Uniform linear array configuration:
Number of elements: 48
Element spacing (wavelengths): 1
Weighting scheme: exponential
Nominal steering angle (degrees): -60
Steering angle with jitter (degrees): -61.44
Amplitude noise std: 0.05
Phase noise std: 0.05

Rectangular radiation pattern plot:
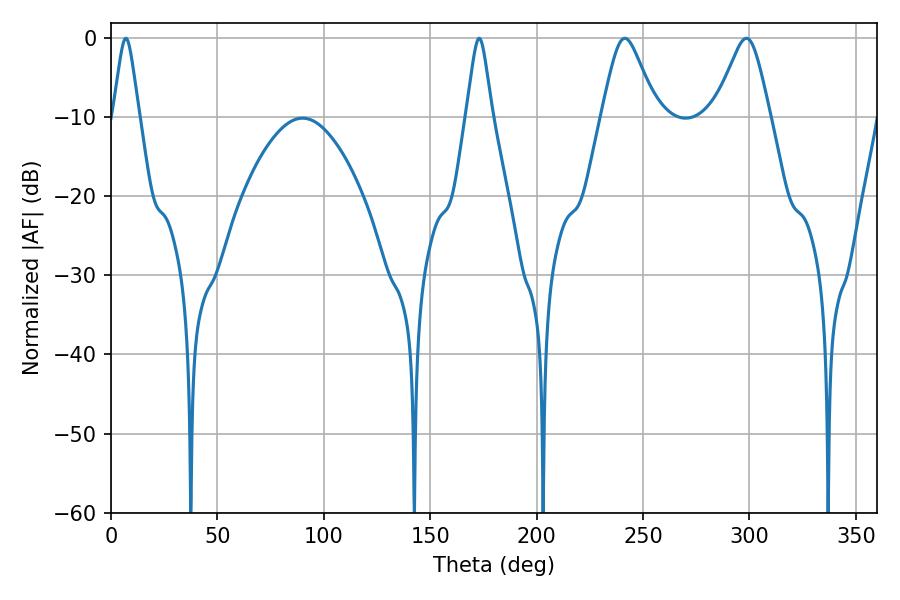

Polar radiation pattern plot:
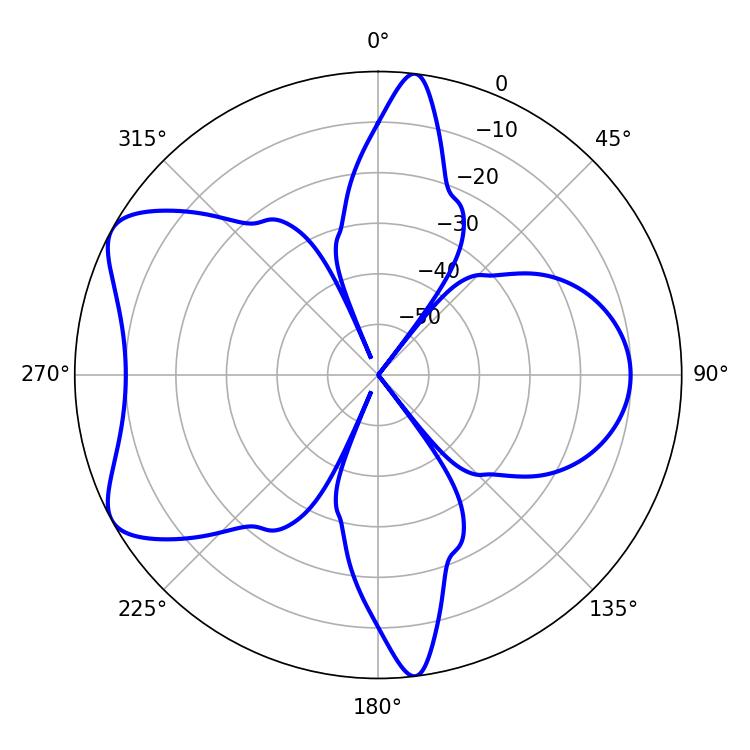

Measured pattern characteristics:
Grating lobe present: TRUE
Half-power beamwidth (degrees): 12.42
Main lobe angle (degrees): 241.38